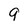
Character: 9